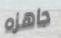
جاهزه